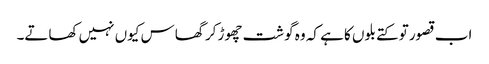
اب قصور تو کتے بلوں کا ہے کہ وہ گوشت چھوڑ کر گھاس کیوں نہیں کھاتے۔